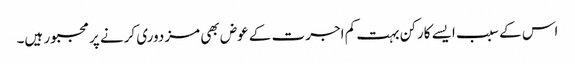
اس کے سبب ایسے کارکن بہت کم اجرت کے عوض بھی مزدوری کرنے پر مجبور ہیں۔